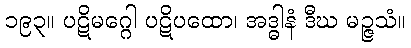
၁၉၃။ ပဋိမဂ္ဂေါ ပဋိပထော၊ အဒ္ဓါနံ ဒီဃ မဉ္ဇသံ။